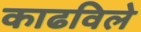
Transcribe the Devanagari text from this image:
काढविले